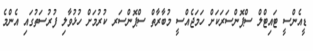
ޑީއެންސީ ޓައިޓްލް ސްޕޮންސަރަކަށް ހަމަޖެއްސީ މުބާރާތް ސްޕޮންސަރ ކުރުމަށް ހުޅުވާލި ފުރުސަތުގައި އެންމެ